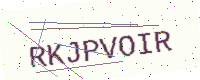
Text: RKJPVOIR